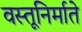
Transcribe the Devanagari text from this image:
वस्तूनिर्माते